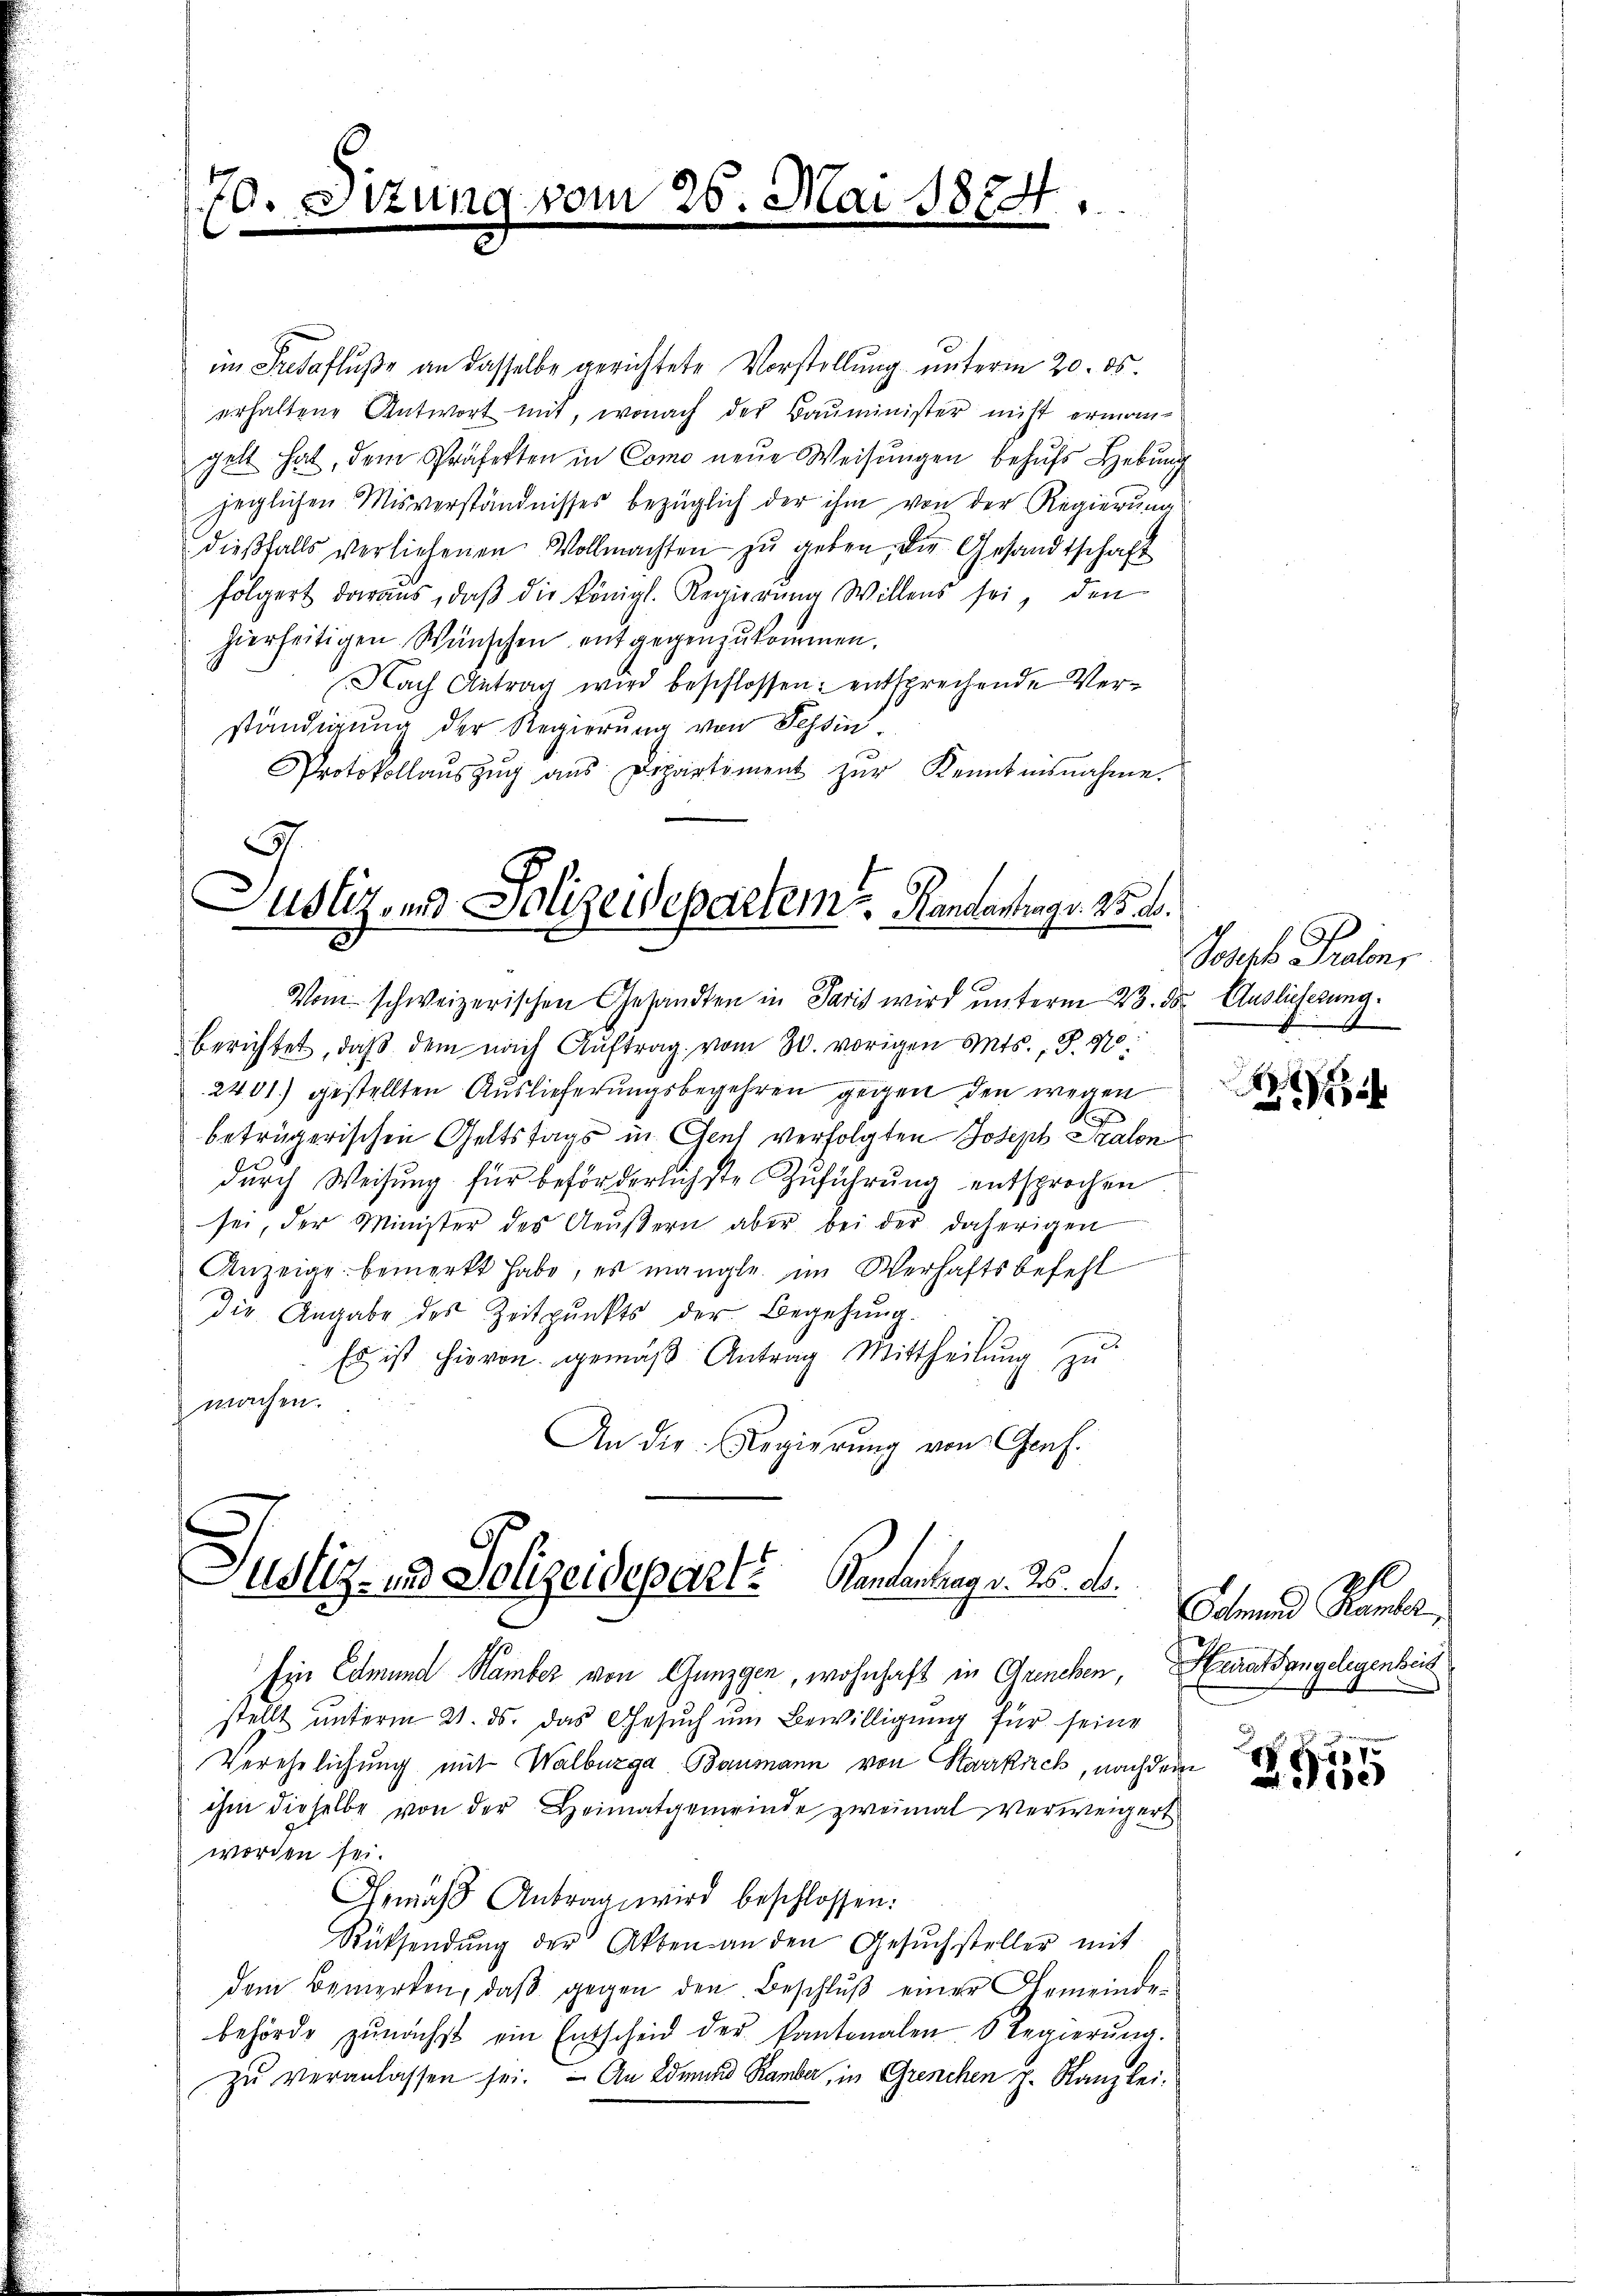
70. Setzung vom 25. Mai 1874.

im Fredafluße an dasselbe gerichtete Vorstellung unterm 20. ds.
erhaltene Antwort mit, wonach der Bauminister nicht ermangelt hat, dem Präfekten in Como neŭe Weisŭngen behŭfs Hebung
jeglichen Misverständnisses bezüglich der ihm von der Regierŭng
dießfalls verliehenen Vollmachten zu geben, die Gesandtschaft
folgert daraus, daβ die königl. Regierung Willens sei, den
hierseitigen Wünschen entgegenzŭkommen.
Nach Antrag wird beschlossen: entsprechende Verständigung der Regierung von Tessin
Protokollauszug aus Departiment zur Kenntnisnahme.

Justiz- und Polizeisepartem Handantrags. 25. d.
3

Vom schweizerischen Gesandten in Paris wird unterm 23. ds. Auslieferung.
berichtet, daß dem nach Auftrag vom 30. vorigen Mts., S. 970
2401) gestellten Auslieferungsbegehren gegen den wegen
2
beträgerischen Geltstags in Aeus verfolgten Joseph Szalon
durch Weisung für beförderlichste Zuführung entsprochen
sei, der Minister des Aeŭβern aber bei der daherigen
Anzeige bemerkt habe, es mangle, im Verhaftsbefehl
die Angabe des Zeitpunkts der Begehung.
Es ist hievon gemäß Antrag Mittheilung zu
machen.
An die Regierung von Genf.
Justiz- und Polizeidepart? Kantonung v. 25. d.

Ein Edmund Hamber von Gunzgen, wohnhaft in Grenchen, Heiratsangelegenheit
stellt unterm 21. ds. das Gesuch um Bewilligung für seine
Verehelichung mit Walbürga Baumann von Starrkirch, nach dem
ihm dieselbe von der Heimatgemeinde zweimal verweigert
worden sei.
Gemäß Antrag wird beschlossen:
Rücksendŭng der Akten an den Gesuchsteller mit
dem Bemerken, daß gegen den Beschluß einer Gemeindebehörde zŭnächst ein Entscheid der kantonalen 6 Regierŭng.
zŭ veranlassen sei. An Edmund Ramba, in Grenchen J. Kanzlei-

Johs. Palm,

x
8

Finand Hande

ZG15